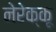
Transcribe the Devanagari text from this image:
नेरेक्कू